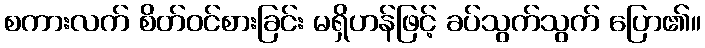
စကားလက် စိတ်ဝင်စားခြင်း မရှိဟန်ဖြင့် ခပ်သွက်သွက် ပြော၏။